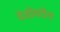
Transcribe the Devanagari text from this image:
वेशीवरील